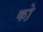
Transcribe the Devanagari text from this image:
को़